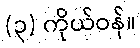
(၃) ကိုယ်ဝန်။